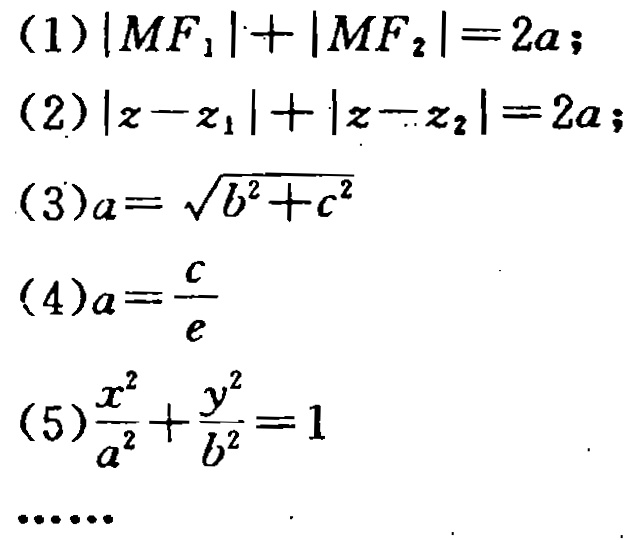
(1) \(|MF_{1}| + |MF_{2}| = 2a\);
(2) \(|z - z_{1}|+|z - z_{2}| = 2a\);
(3) \(a = \sqrt{b^{2}+c^{2}}\)
(4) \(a=\frac{c}{e}\)
(5) \(\frac{x^{2}}{a^{2}}+\frac{y^{2}}{b^{2}} = 1\)
……